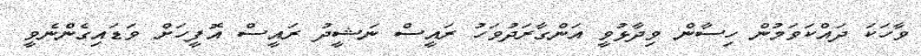
ވާހަކަ ދައްކަވަމުން ހިސާން ވިދާޅުވީ އަންގާރަދުވަހު ރައީސް ނަޝީދު ރައީސް އޮފީހަށް ވަޑައިގެންނެވީ